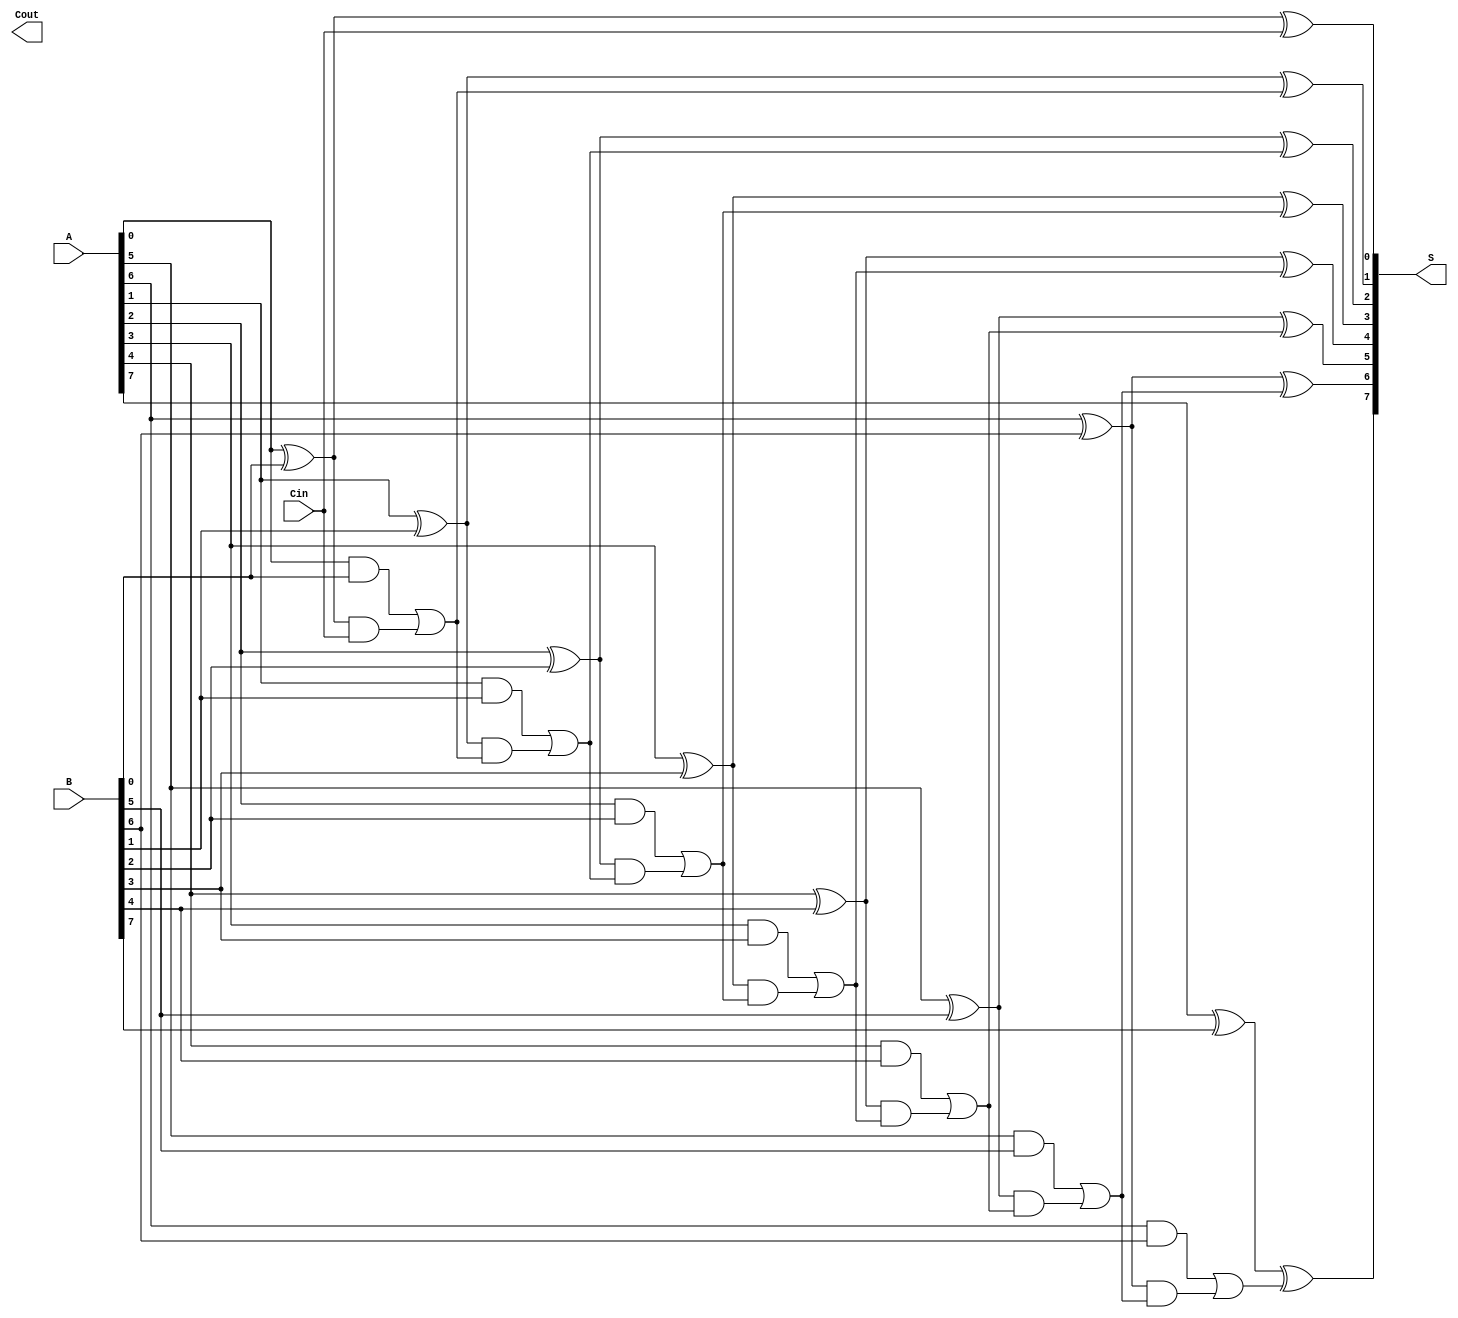
module SklanskyAdder #(
    parameter n = 8  // Width of input binary numbers
)(
    input [n-1:0] A,  // First binary number
    input [n-1:0] B,  // Second binary number
    input Cin,        // Input carry
    output [n-1:0] S, // Sum output
    output Cout       // Carry-out
);

    // Generate and propagate signals
    wire [n-1:0] G; // Generate signals
    wire [n-1:0] P; // Propagate signals
    wire [n:0] C;   // Carry signals (C[0] to C[n])

    // Generate and propagate signal calculations
    genvar i;
    generate
        for (i = 0; i < n; i = i + 1) begin : gen_prop
            assign G[i] = A[i] & B[i];       // Generate
            assign P[i] = A[i] ^ B[i];       // Propagate
        end
    endgenerate

    // Carry signal calculations
    assign C[0] = Cin; // Initial carry-in
    generate
        for (i = 0; i < n; i = i + 1) begin : carry_calc
            if (i == 0) begin
                assign C[i + 1] = G[i] | (P[i] & C[i]); // C[1]
            end else if (i < n - 1) begin
                assign C[i + 1] = G[i] | (P[i] & C[i]); // C[2] to C[n-1]
            end
        end
    endgenerate

    // Sum calculation
    generate
        for (i = 0; i < n; i = i + 1) begin : sum_calc
            assign S[i] = P[i] ^ C[i]; // Sum bits
        end
    endgenerate

    // Final carry-out
    assign Cout = C[n]; // Final carry-out

endmodule